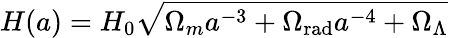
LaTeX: H(a)=H_{0}{\sqrt{\Omega_{m}a^{-3}+\Omega_{\mathrm{rad}}a^{-4}+\Omega_{\Lambda}}}